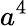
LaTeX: a^{4}